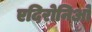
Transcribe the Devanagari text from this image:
एदिरोनिओ